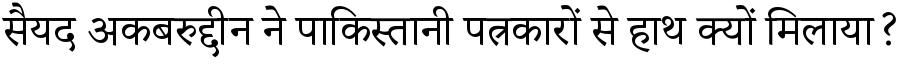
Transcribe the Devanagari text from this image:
सैयद अकबरुद्दीन ने पाकिस्तानी पत्रकारों से हाथ क्यों मिलाया?